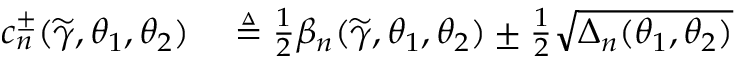
\begin{array} { r l } { c _ { n } ^ { \pm } ( \widetilde { \gamma } , \theta _ { 1 } , \theta _ { 2 } ) } & { { } \triangleq \frac { 1 } { 2 } \beta _ { n } ( \widetilde { \gamma } , \theta _ { 1 } , \theta _ { 2 } ) \pm \frac { 1 } { 2 } \sqrt { \Delta _ { n } ( \theta _ { 1 } , \theta _ { 2 } ) } } \end{array}